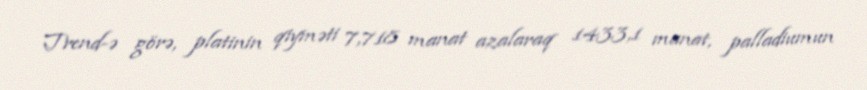
Trend-ə görə, platinin qiyməti 7,718 manat azalaraq 1433,1 manat, palladiumun